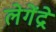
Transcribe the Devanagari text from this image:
लेगेंद्रे